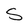
Character: S